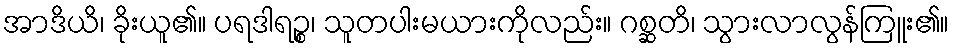
အာဒိယိ၊ ခိုးယူ၏။ ပရဒါရဉ္စ၊ သူတပါးမယားကိုလည်း။ ဂစ္ဆတိ၊ သွားလာလွန်ကြူး၏။